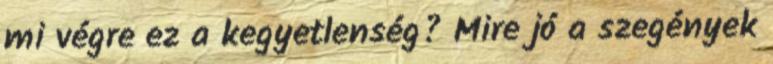
mi végre ez a kegyetlenség? Mire jó a szegények